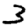
Digit: 3